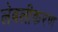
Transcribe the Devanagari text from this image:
लेबलीकरण